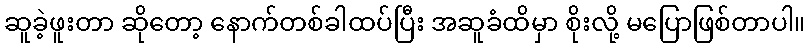
ဆူခဲ့ဖူးတာ ဆိုတော့ နောက်တစ်ခါထပ်ပြီး အဆူခံထိမှာ စိုးလို့ မပြောဖြစ်တာပါ။